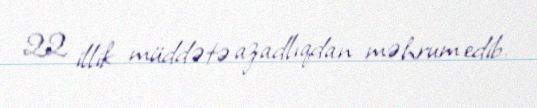
22 illik müddətə azadlıqdan məhrum edib.